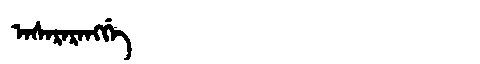
Manchu: ᠠᠰᠠᡵᠠᡵᠠᠩᡤᡝ
Romanization: ASARARANGGE